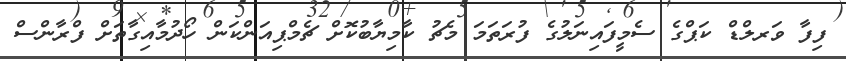
ފިފާ ވަރލްޑް ކަޕްގެ ސެމީފައިނަލުގެ ފުރަތަމަ މެޗު ކާމިޔާބުކޮށް ޗެމްޕިއަންކަން ހޯދުމާއިގާތަށް ފްރާންސް